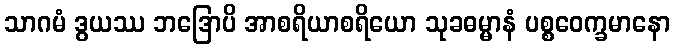
သာဂမံ ဒွယဿ ဘဒြောပိ အာစရိယာစရိယော သုခဓမ္မာနံ ပစ္စဝေက္ခမာနော